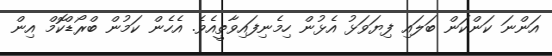
އަންނަ ކަންކަން ބަލައި ފިޔަވަޅު އެޅުން ހިމެނިފައިވާތީއެވެ. އެހެން ކަމުން ބްރޯޑްކޮމް އިން